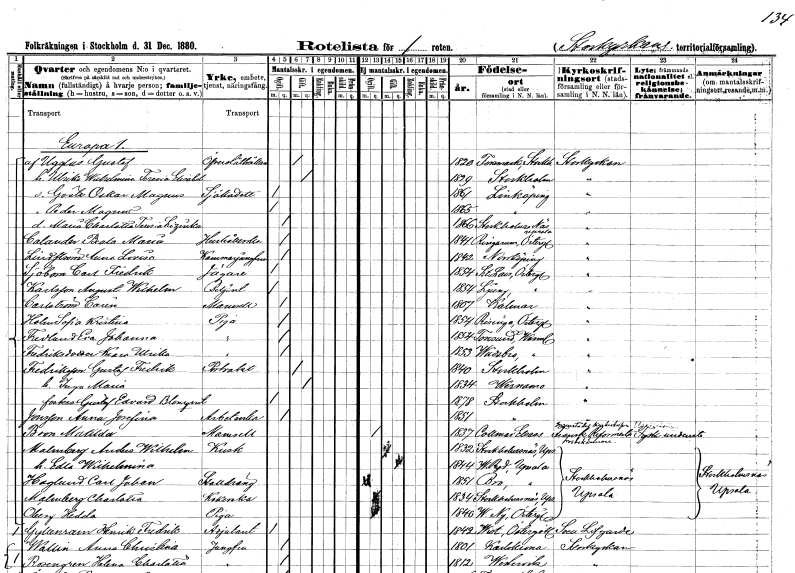
gt_parse: households: individuals: FN: Gustaf
EN: af Ugglas
YRKE: Överståthållare
KON: M
CIV: G
FODAR: 1820
FODFORS: Forsmark Uppsala län
FN: Ulrika Wilhelmina Teresia Elisabet
KON: K
CIV: G
FODAR: 1829
FODFORS: Stockholm
FN: Gösta Oskar Magnus
YRKE: Sjökadett
KON: M
CIV: O
FODAR: 1861
FODFORS: Linköping Östergötlands län
FN: Peder Magnus
KON: M
CIV: O
FODAR: 1865
FODFORS: Linköping Östergötlands län
FN: Maria Charlotta Teresia Lizénka
KON: K
CIV: O
FODAR: 1866
FODFORS: Stockholms-Näs Stockholms län
FN: Beata Maria
EN: Calander
YRKE: Hushållerska
KON: K
CIV: O
FODAR: 1844
FODFORS: Ringarum Östergötlands län
FN: Anna Lovisa
EN: Lindström
YRKE: Kammarjungfru
KON: K
CIV: O
FODAR: 1842
FODFORS: Norrköping Östergötlands län
FN: Carl Fredrik
EN: Sjöbom
YRKE: Jägare
KON: M
CIV: O
FODAR: 1854
FODFORS: Sankt Lars Linköping Östergötlands län
FN: August Wilhelm
EN: Karlsson
YRKE: Betjänt
KON: M
CIV: O
FODAR: 1854
FODFORS: Ljung Östergötlands län
FN: Carin
EN: Carlström
KON: K
CIV: O
FODAR: 1807
FODFORS: Kalmar Kalmar län
FN: Sofia Kristina
EN: Holm
YRKE: Piga
KON: K
CIV: O
FODAR: 1854
FODFORS: Risinge Östergötlands län
FN: Eva Johanna
EN: Fredlund
YRKE: Piga
KON: K
CIV: O
FODAR: 1854
FODFORS: Toresund Södermanlands län
FN: Klara Ulrika
EN: Fredriksdotter
YRKE: Piga
KON: K
CIV: O
FODAR: 1853
FODFORS: Vadsbro Södermanlands län
FN: Gustaf Fredrik
EN: Fredriksson
YRKE: Portvakt
KON: M
CIV: G
FODAR: 1840
FODFORS: Stockholm
FN: Inga Maria
KON: K
CIV: G
FODAR: 1834
FODFORS: Värnamo Jönköpings län
FN: Gustaf Edvard
EN: Blomqvist
KON: M
CIV: O
FODAR: 1878
FODFORS: Stockholm
FN: Anna Josefina
EN: Jonsson
YRKE: Arbeterska
KON: K
CIV: O
FODAR: 1851
FODFORS: Stockholm
FN: Matilda
EN: Bron
KON: K
CIV: O
FODAR: 1837
FN: Anders Wilhelm
EN: Malmberg
YRKE: Kusk
KON: M
CIV: G
FODAR: 1832
FODFORS: Stockholms-Näs Stockholms län
FN: Edla Wilhelmina
KON: K
CIV: G
FODAR: 1844
FODFORS: Västra Ryd Stockholms län
FN: Carl Johan
EN: Haglund
YRKE: Stalldräng
KON: M
CIV: O
FODAR: 1851
FODFORS: Bro Stockholms län
FN: Charlotta
EN: Malmberg
YRKE: Kokerska
KON: K
CIV: O
FODAR: 1834
FODFORS: Stockholms-Näs Stockholms län
FN: Hedda
EN: Öberg
YRKE: Piga
KON: K
CIV: O
FODAR: 1840
FODFORS: Västra Ny Östergötlands län